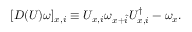
[ { \cal D } ( U ) \omega ] _ { x , i } \equiv U _ { x , i } \omega _ { x + \hat { i } } U _ { x , i } ^ { \dagger } - \omega _ { x } .